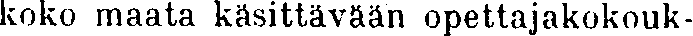
koko maata käsittävään opettajakokouk-